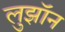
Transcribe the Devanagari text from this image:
लुझॉन